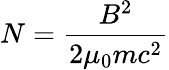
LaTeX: N={\frac{B^{2}}{2\mu_{0}mc^{2}}}